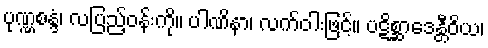
ပုဏ္ဏစန္ဒံ၊ လပြည့်ဝန်းကို။ ပါဏိနာ၊ လက်ဝါးဖြင့်။ ပဋိစ္ဆာဒေန္တီဝိယ၊